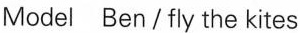
Model Ben/fly the kites